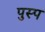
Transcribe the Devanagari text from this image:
पुस्प